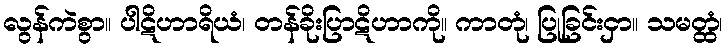
လွန်ကဲစွာ။ ပါဋိဟာရိယံ၊ တန်ခိုးပြာဋိဟာကို။ ကာတုံ၊ ပြုခြင်းငှာ။ သမတ္ထံ၊